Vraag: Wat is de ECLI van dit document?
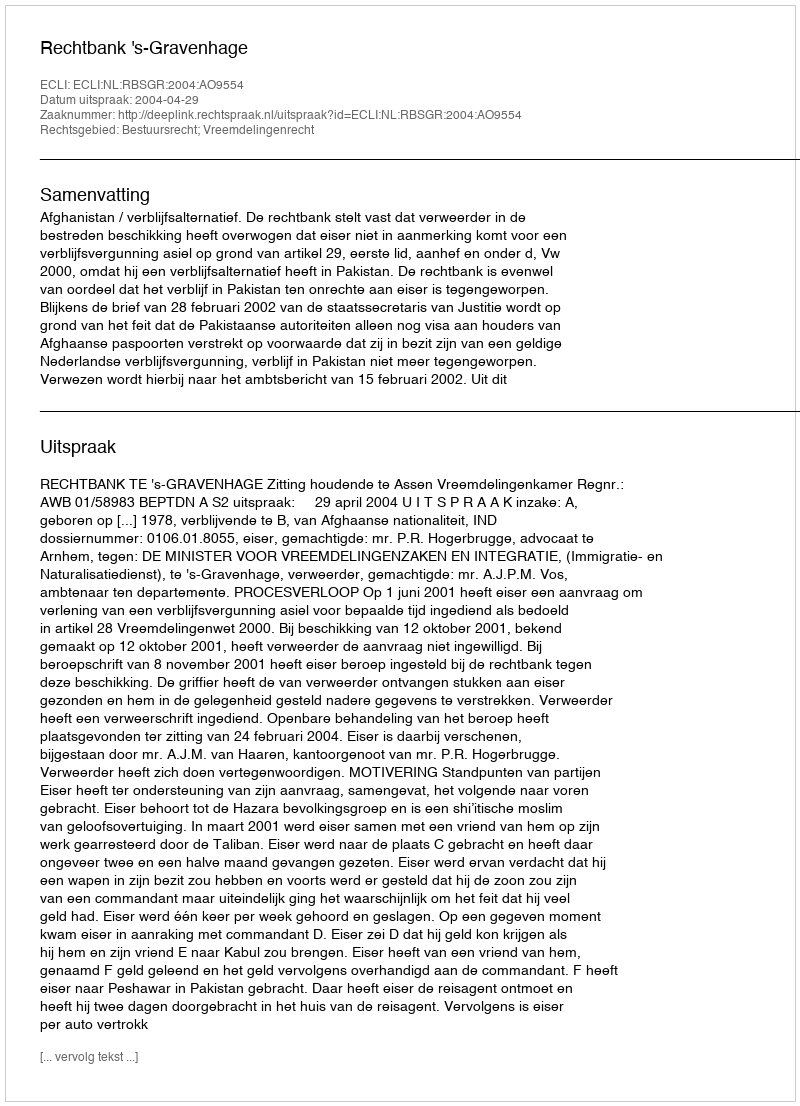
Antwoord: ECLI:NL:RBSGR:2004:AO9554